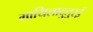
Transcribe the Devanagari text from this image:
मायिलादुतुरई